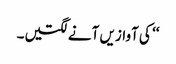
‘‘ کی آوازیں آنے لگتیں۔